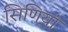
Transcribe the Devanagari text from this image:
सिणियां